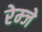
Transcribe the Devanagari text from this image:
रेम्जे